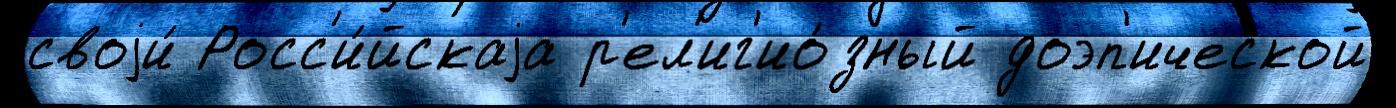
своjи́ Росс'и́йскаjа р'ел'иг'ио́зный доэп'ической